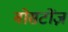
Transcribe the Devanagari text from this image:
बोसटोंज़